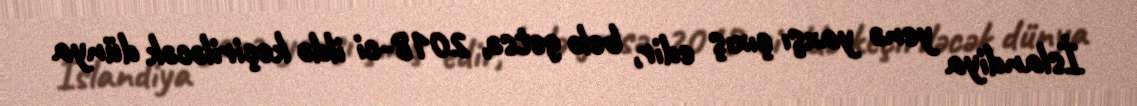
İslandiya yenə yaxşı çıxış edir, belə getsə, 2018-ci ildə keçiriləcək dünya